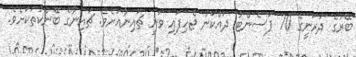
ބޭރުގެ ދަރަނީގެ 70 ޕަސެންޓު ދައްކަން ޖެހިފައި ވަނީ ޗައިނާއަށެވެ. ޗައިނާގެ ބޭންކުތަކަށެވެ.